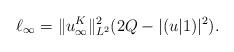
LaTeX: \begin{align*}\ell_\infty=\|u_\infty^K\|^2_{L^2}(2Q-|(u\vert 1)|^2).\end{align*}